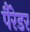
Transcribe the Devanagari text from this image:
पैरेडर